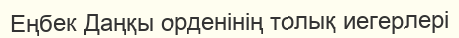
Еңбек Даңқы орденінің толық иегерлері